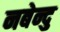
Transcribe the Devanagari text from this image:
नबेन्दु